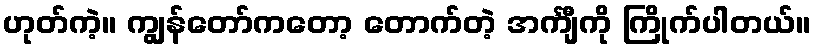
ဟုတ်ကဲ့။ ကျွန်တော်ကတော့ တောက်တဲ့ အင်္ကျီကို ကြိုက်ပါတယ်။